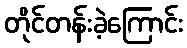
တိုင်တန်းခဲ့ကြောင်း